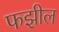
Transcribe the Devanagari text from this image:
फझील